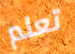
تعلم